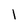
Character: l